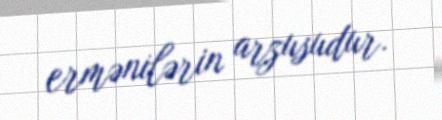
ermənilərin arzusudur.